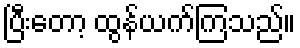
ပြီးတော့ ထွန်ယက်ကြသည်။